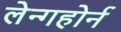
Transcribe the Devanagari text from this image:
लेन्गहोर्न